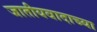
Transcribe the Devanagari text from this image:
जातीयवादाच्या